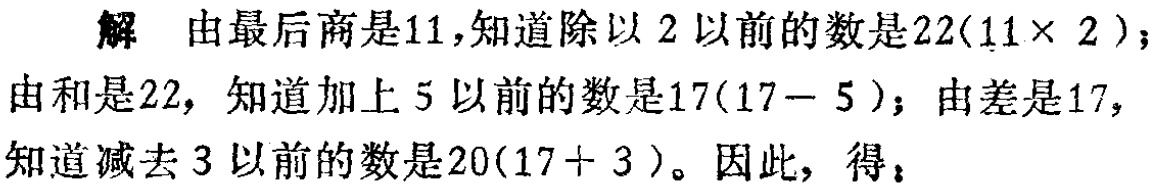
解 由最后商是11,知道除以2以前的数是22($11\times 2$);由和是22, 知道加上5以前的数是17($17 - 5$); 由差是17,知道减去3以前的数是20($17 + 3$)。因此, 得：